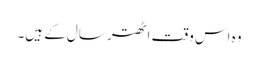
وہ اس وقت اٹھتر سال کے ہیں۔